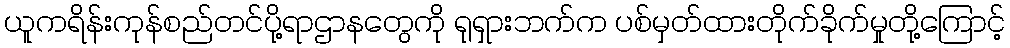
ယူကရိန်းကုန်စည်တင်ပို့ရာဌာနတွေကို ရုရှားဘက်က ပစ်မှတ်ထားတိုက်ခိုက်မှုတို့ကြောင့်